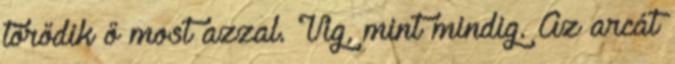
törődik ő most azzal. Víg, mint mindig. Az arcát